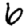
Digit: 6